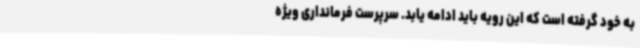
به خود گرفته است که این رویه باید ادامه یابد. سرپرست فرمانداری ویژه